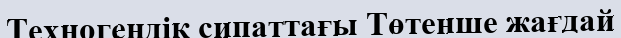
Техногендік сипаттағы Төтенше жағдай